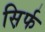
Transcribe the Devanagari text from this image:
स़िर्फ